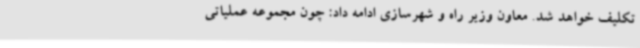
تکلیف خواهد شد. معاون وزیر راه و شهرسازی ادامه داد: چون مجموعه عملیاتی